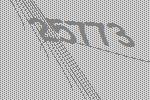
25773